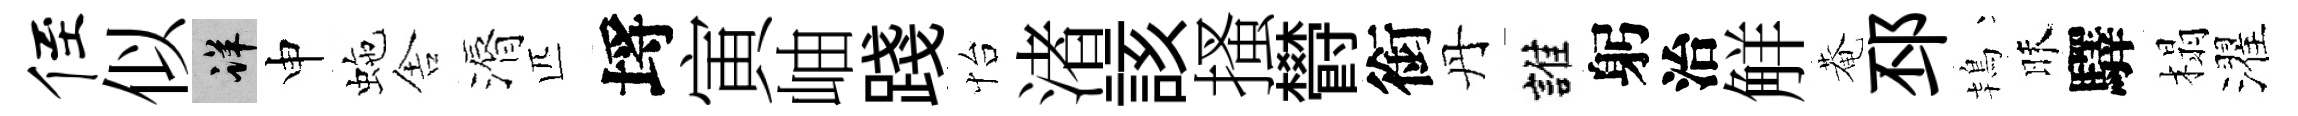
侄似详申虵舎漘匹埓寅岫踐怡渚該搔欎銜丹誰躬治觧菴邳鴇昧驛榻濯